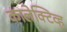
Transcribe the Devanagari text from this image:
कालेक्टिव्ह